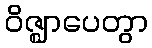
ဝိဇ္ဈာပေတွာ